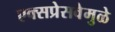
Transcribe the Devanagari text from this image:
एक्सप्रेसवेमुळे